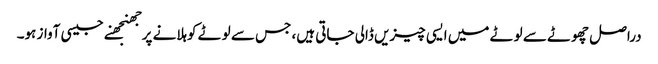
دراصل چھوٹے سے لوٹے میں ایسی چیزیں ڈالی جاتی ہیں، جس سے لوٹے کوہلانے پرجھنجھنے جیسی آواز ہو۔